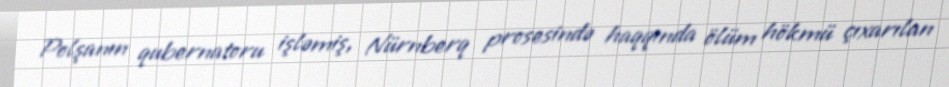
Polşanın qubernatoru işləmiş, Nürnberq prosesində haqqında ölüm hökmü çıxarılan